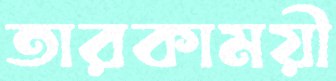
তারকাময়ী